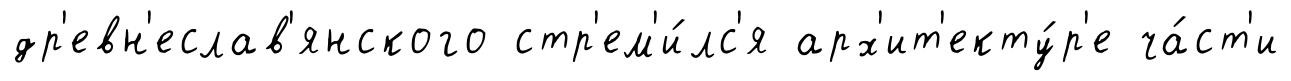
др'евн'еслав'янского стр'ем'и́лс'я арх'ит'екту́р'е ча́ст'и